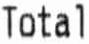
TOTAL